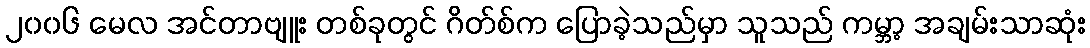
၂၀၀၆ မေလ အင်တာဗျူး တစ်ခုတွင် ဂိတ်စ်က ပြောခဲ့သည်မှာ သူသည် ကမ္ဘာ့ အချမ်းသာဆုံး